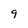
Character: 9